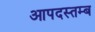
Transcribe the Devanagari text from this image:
आपदस्तम्ब